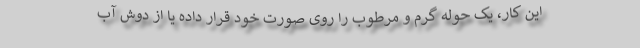
این کار، یک حوله گرم و مرطوب را روی صورت خود قرار داده یا از دوش آب